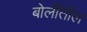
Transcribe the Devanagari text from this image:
बोलींतील